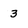
Character: 3